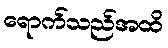
ရောက်သည်အထိ